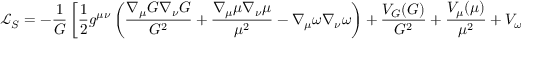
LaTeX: { \mathcal { L } } _ { S } = - { \frac { 1 } { G } } \left[ { \frac { 1 } { 2 } } g ^ { \mu \nu } \left( { \frac { \nabla _ { \mu } G \nabla _ { \nu } G } { G ^ { 2 } } } + { \frac { \nabla _ { \mu } \mu \nabla _ { \nu } \mu } { \mu ^ { 2 } } } - \nabla _ { \mu } \omega \nabla _ { \nu } \omega \right) + { \frac { V _ { G } ( G ) } { G ^ { 2 } } } + { \frac { V _ { \mu } ( \mu ) } { \mu ^ { 2 } } } + V _ { \omega } ( \omega ) \right] { \sqrt { - g } } ,